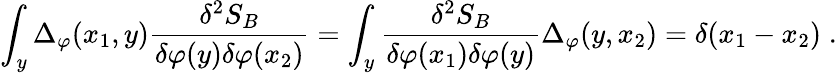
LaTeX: \int_{y}\Delta_{\varphi}(x_{1},y)\frac{\delta^{2}S_{B}}{\delta\varphi(y)\delta\varphi(x_{2})}=\int_{y}\frac{\delta^{2}S_{B}}{\delta\varphi(x_{1})\delta\varphi(y)}\Delta_{\varphi}(y,x_{2})=\delta(x_{1}-x_{2})\; .